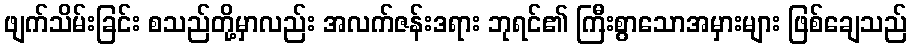
ဖျက်သိမ်းခြင်း စသည်တို့မှာလည်း အလက်ဇန်းဒရား ဘုရင်၏ ကြီးစွာသောအမှားများ ဖြစ်ချေသည်